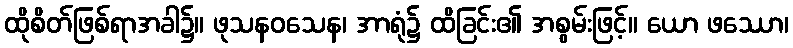
ထိုစိတ်ဖြစ်ရာအခါ၌။ ဖုသနဝသေန၊ အာရုံ၌ ထိခြင်း၏ အစွမ်းဖြင့်။ ယော ဖဿော၊